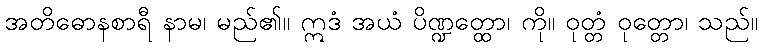
အတိဓောနစာရီ နာမ၊ မည်၏။ ဣဒံ အယံ ပိဏ္ဍတ္ထော၊ ကို။ ဝုတ္တံ ဝုတ္တော၊ သည်။